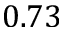
0 . 7 3